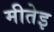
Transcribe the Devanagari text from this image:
मीतेइ